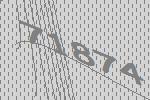
71874